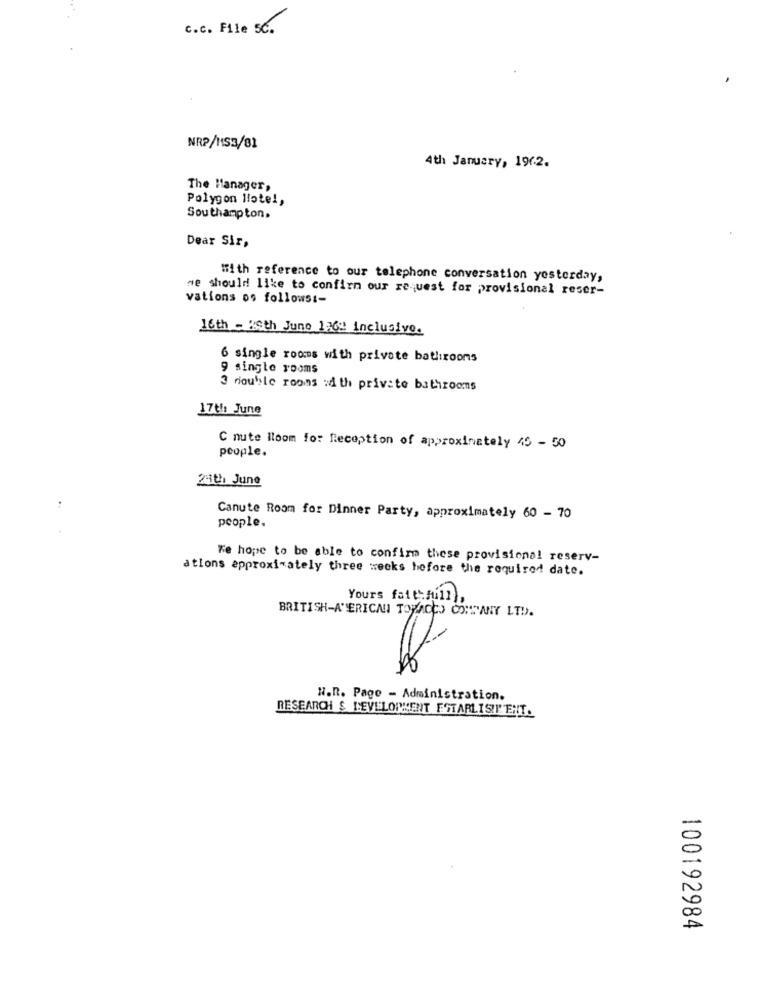
c.c. File 56.
NRP/H153/81
4th January, 1962.
The Manager,
Polygon Hotel,
Southampton.
Dear Sir,
With reference to our telephone conversation yesterday,
me should like to confirm our request for provisional reser-
vations os follows :-
16th - 26th June 126" inclusive.
6 single rooms with private bathrooms
9 single rooms
3 double rooms with private bathrooms
17th June
C mute Room for Reception of approximately 45 - 50
people.
24th June
..
Canute Room for Dinner Party, approximately 60 - 70
people.
Te hope to be able to confirm these provisional reserv-
ations approximately three weeks before the required date.
Yours faith Full),
BRITISH-ATERICAN TOBACCO COMPANY LTD.
N.R. Page - Administration.
RESEARCH & DEVELOPMENT ESTARLIST ENT.
100192984